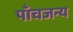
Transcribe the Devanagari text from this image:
पाँचजन्य